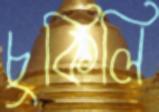
চুকিলি